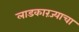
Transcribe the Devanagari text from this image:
लाडकारंज्याचा